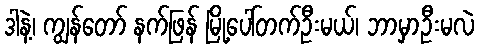
ဒါနဲ့၊ ကျွန်တော် နက်ဖြန် မြို့ပေါ်တက်ဦးမယ်၊ ဘာမှာဦးမလဲ